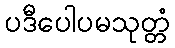
ပဒီပေါပမသုတ္တံ